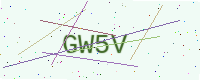
Text: GW5V